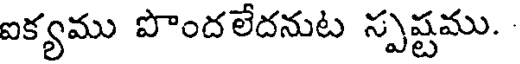
ఐక్యము పొందలేదనుట స్పష్టము.